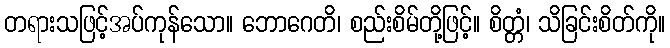
တရားသဖြင့်အပ်ကုန်သော။ ဘောဂေတိ၊ စည်းစိမ်တို့ဖြင့်။ စိတ္တံ၊ သိခြင်းစိတ်ကို။